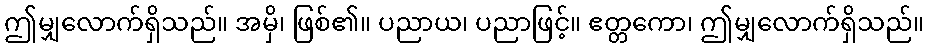
ဤမျှလောက်ရှိသည်။ အမှိ၊ ဖြစ်၏။ ပညာယ၊ ပညာဖြင့်။ ဧတ္တကော၊ ဤမျှလောက်ရှိသည်။